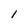
Character: 1